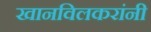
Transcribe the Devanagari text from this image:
खानविलकरांनी